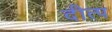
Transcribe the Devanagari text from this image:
दीत्प